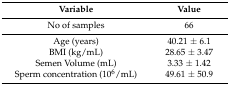
<table><thead><tr><td><b>Variable</b></td><td><b>Value</b></td></tr></thead><tbody><tr><td>No of samples</td><td>66</td></tr><tr><td>Age (years)</td><td>40.21 ± 6.1</td></tr><tr><td>BMI (kg/mL)</td><td>28.65 ± 3.47</td></tr><tr><td>Semen Volume (mL)</td><td>3.33 ± 1.42</td></tr><tr><td>Sperm concentration (10<sup>6</sup>/mL)</td><td>49.61 ± 50.9</td></tr></tbody></table>